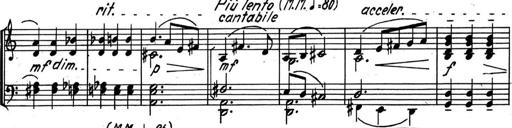
Title: Kleine Sonate
Composer: Raoul Koczalski
Key: C major